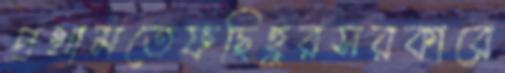
প্রথামতেফছিহুরসরকারে